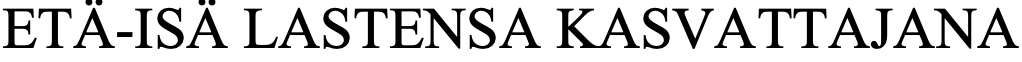
ETÄ-ISÄ LASTENSA   KASVATTAJANA